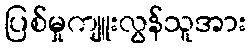
ပြစ်မှုကျူးလွန်သူအား